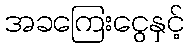
အခကြေးငွေနှင့်